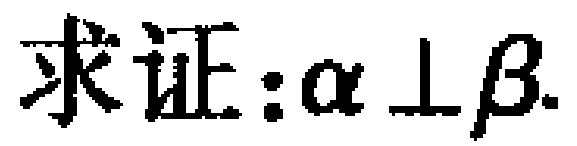
求证:\(\alpha \perp \beta\).